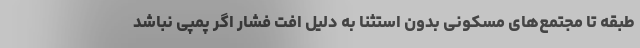
طبقه تا مجتمع‌های مسکونی بدون استثنا به دلیل افت فشار اگر پمپی نباشد